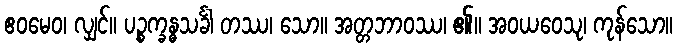
ဧဝမေဝ၊ လျှင်။ ပဉ္စက္ခန္ဓသင်္ခါ တဿ၊ သော။ အတ္တဘာဝဿ၊ ၏။ အဝယဝေသု၊ ကုန်သော။